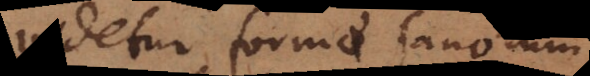
videtur formae sanorum